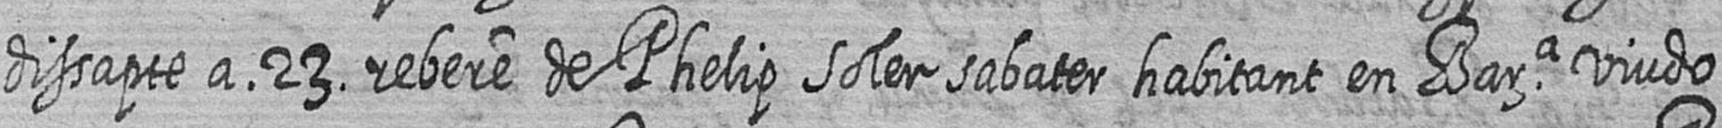
dissapte a 23 rebere de Phelip Soler sabater habitant en Bara viudo